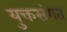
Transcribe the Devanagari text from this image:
युक्तसंगत